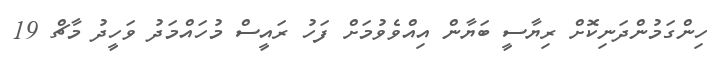
ހިންގަމުންދަނިކޮށް ރިޔާސީ ބަޔާން އިއްވެވުމަށް ފަހު ރައީސް މުހައްމަދު ވަހީދު މާޗް 19